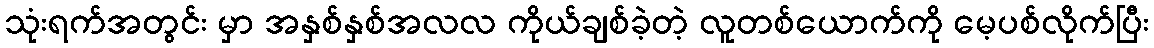
သုံးရက်အတွင်း မှာ အနှစ်နှစ်အလလ ကိုယ်ချစ်ခဲ့တဲ့ လူတစ်ယောက်ကို မေ့ပစ်လိုက်ပြီး